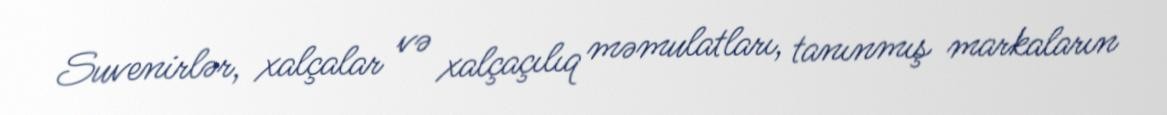
Suvenirlər, xalçalar və xalçaçılıq məmulatları, tanınmış markaların